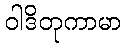
ဝါဒိတုကာမာ